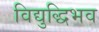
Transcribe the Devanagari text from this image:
विद्युद्धिभव